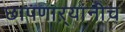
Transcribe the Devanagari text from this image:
छापणाऱ्यांनीच